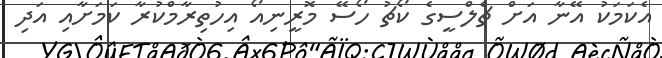
އެކަމަކު އޭނާ އަށް ޗެލްސީގެ ކޯޗު ހޯސޭ މޮރީނިއޯ އިހުތިރާމްކުރާ ކަމަށާއި އަދި